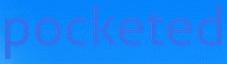
pocketed